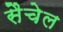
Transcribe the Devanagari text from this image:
सैचेल